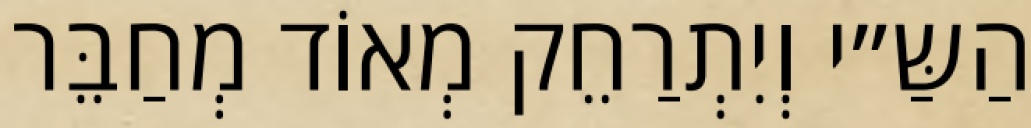
הַשַּ״י וְיִתְרַחֵק מְאוֹד מְחַבֵּר